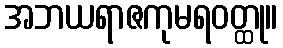
အဘယရာဇကုမရဝတ္ထု။